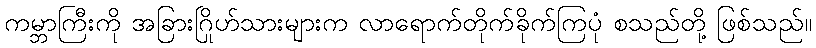
ကမ္ဘာကြီးကို အခြားဂြိုဟ်သားများက လာရောက်တိုက်ခိုက်ကြပုံ စသည်တို့ ဖြစ်သည်။